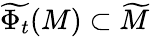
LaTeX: \widetilde{\Phi_{t}}(M)\subset\widetilde{M}